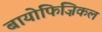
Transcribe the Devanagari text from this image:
बायोफिज़िकल